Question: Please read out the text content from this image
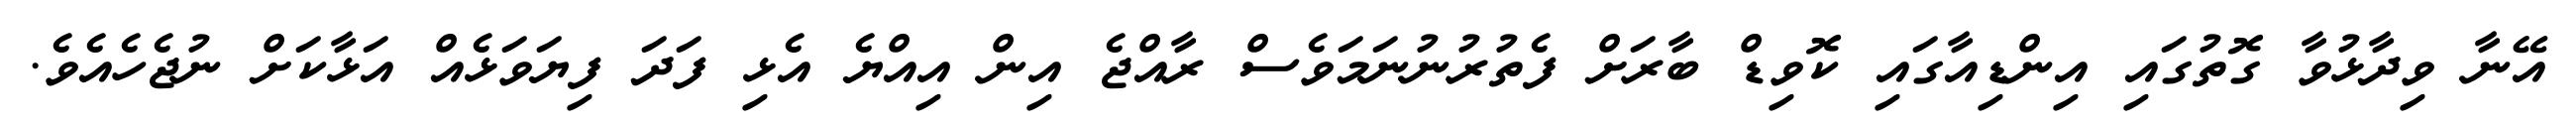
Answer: އޭނާ ވިދާޅުވާ ގޮތުގައި އިންޑިއާގައި ކޮވިޑް ބާރަށް ފެތުރުނުނަމަވެސް ރާއްޖެ އިން އިއްޔެ އެޅި ފަދަ ފިޔަވަޅެއް އަޅާކަށް ނުޖެހެއެވެ.